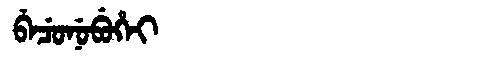
Manchu: ᠪᡝᠴᡠᠨᡠᠪᡠᡥᡝᡳ
Romanization: BECUNUBUHEI